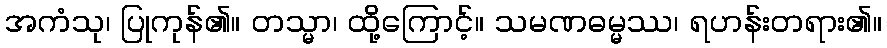
အကံသု၊ ပြုကုန်၏။ တသ္မာ၊ ထို့ကြောင့်။ သမဏဓမ္မဿ၊ ရဟန်းတရား၏။